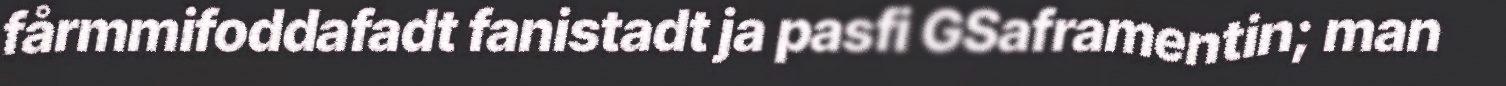
fårmmifoddafadt fanistadt ja pasfi GSaframentin; man